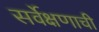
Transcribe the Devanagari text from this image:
सर्वेक्षणाची